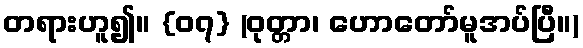
တရားဟူ၍။ {၀၇} (ဝုတ္တာ၊ ဟောတော်မူအပ်ပြီ။)